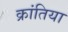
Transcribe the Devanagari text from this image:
क्रांतिया